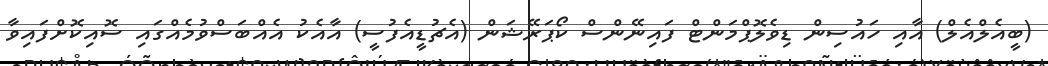
(ބީއެލްއެލް) އާއި ހައުސިން ޑިވެލޮޕްމަންޓް ފައިނޭންސް ކޯޕަރޭޝަން (އެޗުޑީއެފުސީ) އާއެކު އެއްބަސްވުމެއްގައި ސޮއިކޮށްފައިވާ